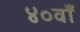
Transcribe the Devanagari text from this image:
४०वाँ